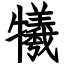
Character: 犧